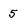
Character: 5